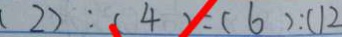
( 2 ) : ( 4 ) : ( 1 2 ) : ( 6 ) : ( 1 2